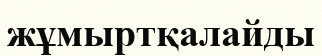
жұмыртқалайды